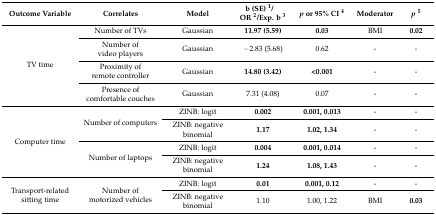
| Outcome Variable | Correlates | Model | b (SE) 1/OR 2/Exp. b 3 | p or 95% CI 4 | Moderator | p5 |
 | --- | --- | --- | --- | --- | --- | --- |
 | <ROWSPAN=4> TV time | Number of TVs | Gaussian | 11.97 (5.59) | 0.03 | BMI | 0.02 |
 | Number of video players | Gaussian | −2.83 (5.68) | 0.62 | - | - |
 | Proximity of remote controller | Gaussian | 14.80 (3.42) | <0.001 | - | - |
 | Presence of comfortable couches | Gaussian | 7.31 (4.08) | 0.07 | - | - |
 | <ROWSPAN=4> Computer time | <ROWSPAN=2> Number of computers | ZINB: logit | 0.002 | 0.001, 0.013 | - | - |
 | ZINB: negative binomial | 1.17 | 1.02, 1.34 | - | - |
 | <ROWSPAN=2> Number of laptops | ZINB: logit | 0.004 | 0.001, 0.014 | - | - |
 | ZINB: negative binomial | 1.24 | 1.08, 1.43 | - | - |
 | <ROWSPAN=2> Transport-related sitting time | <ROWSPAN=2> Number of motorized vehicles | ZINB: logit | 0.01 | 0.001, 0.12 | - | - |
 | ZINB: negative binomial | 1.10 | 1.00, 1.22 | BMI | 0.03 |